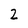
Character: 2